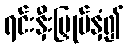
ရင်းနှီးမြှုပ်နှံ၍